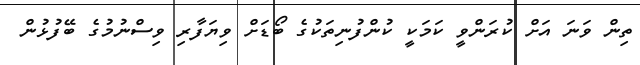
ތިން ވަނަ އަށް ކުރަންވީ ކަމަކީ ކުންފުނިތަކުގެ ބޯޑަށް ވިޔަފާރި ވިސްނުމުގެ ބޭފުޅުން